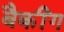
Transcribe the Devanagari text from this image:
बैकींग